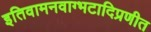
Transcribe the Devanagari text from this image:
इतिवामनवाग्भटादिप्रणीत